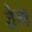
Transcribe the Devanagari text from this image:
ठेण